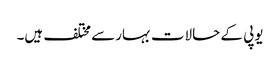
یوپی کے حالات بہارسے مختلف ہیں۔